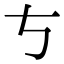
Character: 𠀁